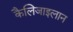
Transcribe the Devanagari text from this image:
कैलिजाइलान